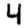
Digit: 4